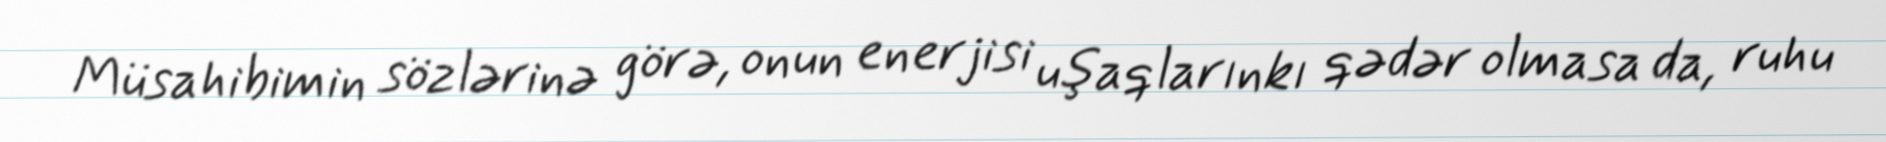
Müsahibimin sözlərinə görə, onun enerjisi uşaqlarınkı qədər olmasa da, ruhu